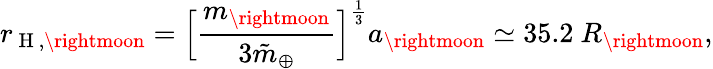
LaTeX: r_{\mathrm{~H~},{\rightmoon}}=\Big[\frac{m_{\rightmoon}}{3\tilde{m}_{\oplus}}\Big]^{\frac{1}{3}}a_{\rightmoon}\simeq 35.2~R_{\rightmoon},